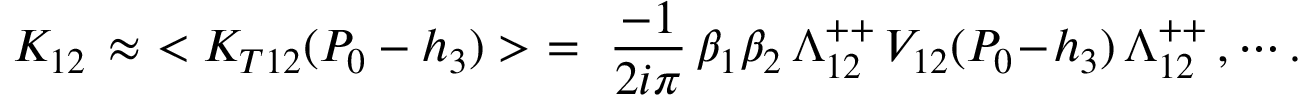
K _ { 1 2 } \, \approx \, \, < K _ { T 1 2 } ( P _ { 0 } - h _ { 3 } ) > \, \, = \, \, { \frac { - 1 } { 2 i \pi } } \, \beta _ { 1 } \beta _ { 2 } \, \Lambda _ { 1 2 } ^ { + + } \, V _ { 1 2 } ( P _ { 0 } \! - \! h _ { 3 } ) \, \Lambda _ { 1 2 } ^ { + + } \, , \cdots .